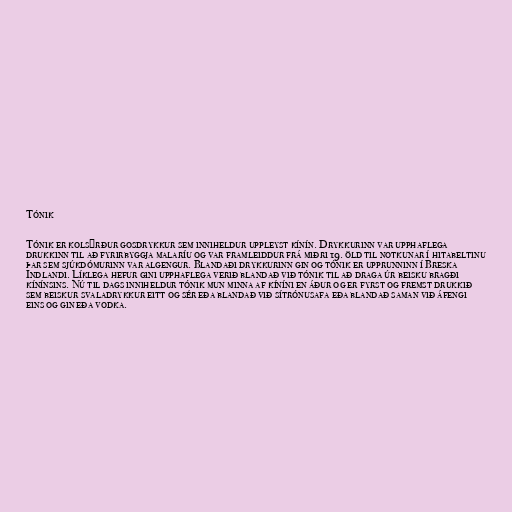
Tónik

Tónik er kolsýrður gosdrykkur sem inniheldur uppleyst kínín. Drykkurinn var upphaflega
drukkinn til að fyrirbyggja malaríu og var framleiddur frá miðri 19. öld til notkunar í hitabeltinu
þar sem sjúkdómurinn var algengur. Blandaði drykkurinn gin og tónik er upprunninn í Breska
Indlandi. Líklega hefur gini upphaflega verið blandað við tónik til að draga úr beisku bragði
kínínsins. Nú til dags inniheldur tónik mun minna af kíníni en áður og er fyrst og fremst drukkið
sem beiskur svaladrykkur eitt og sér eða blandað við sítrónusafa eða blandað saman við áfengi
eins og gin eða vodka.